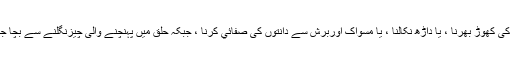
دانت کی کھوڑ بھرنا ، یا داڑھ نکالنا ، یا مسواک اوربرش سے دانتوں کی صفائي کرنا ، جبکہ حلق میں پہنچنے والی چيزنگلنے سے بچا جائے ۔